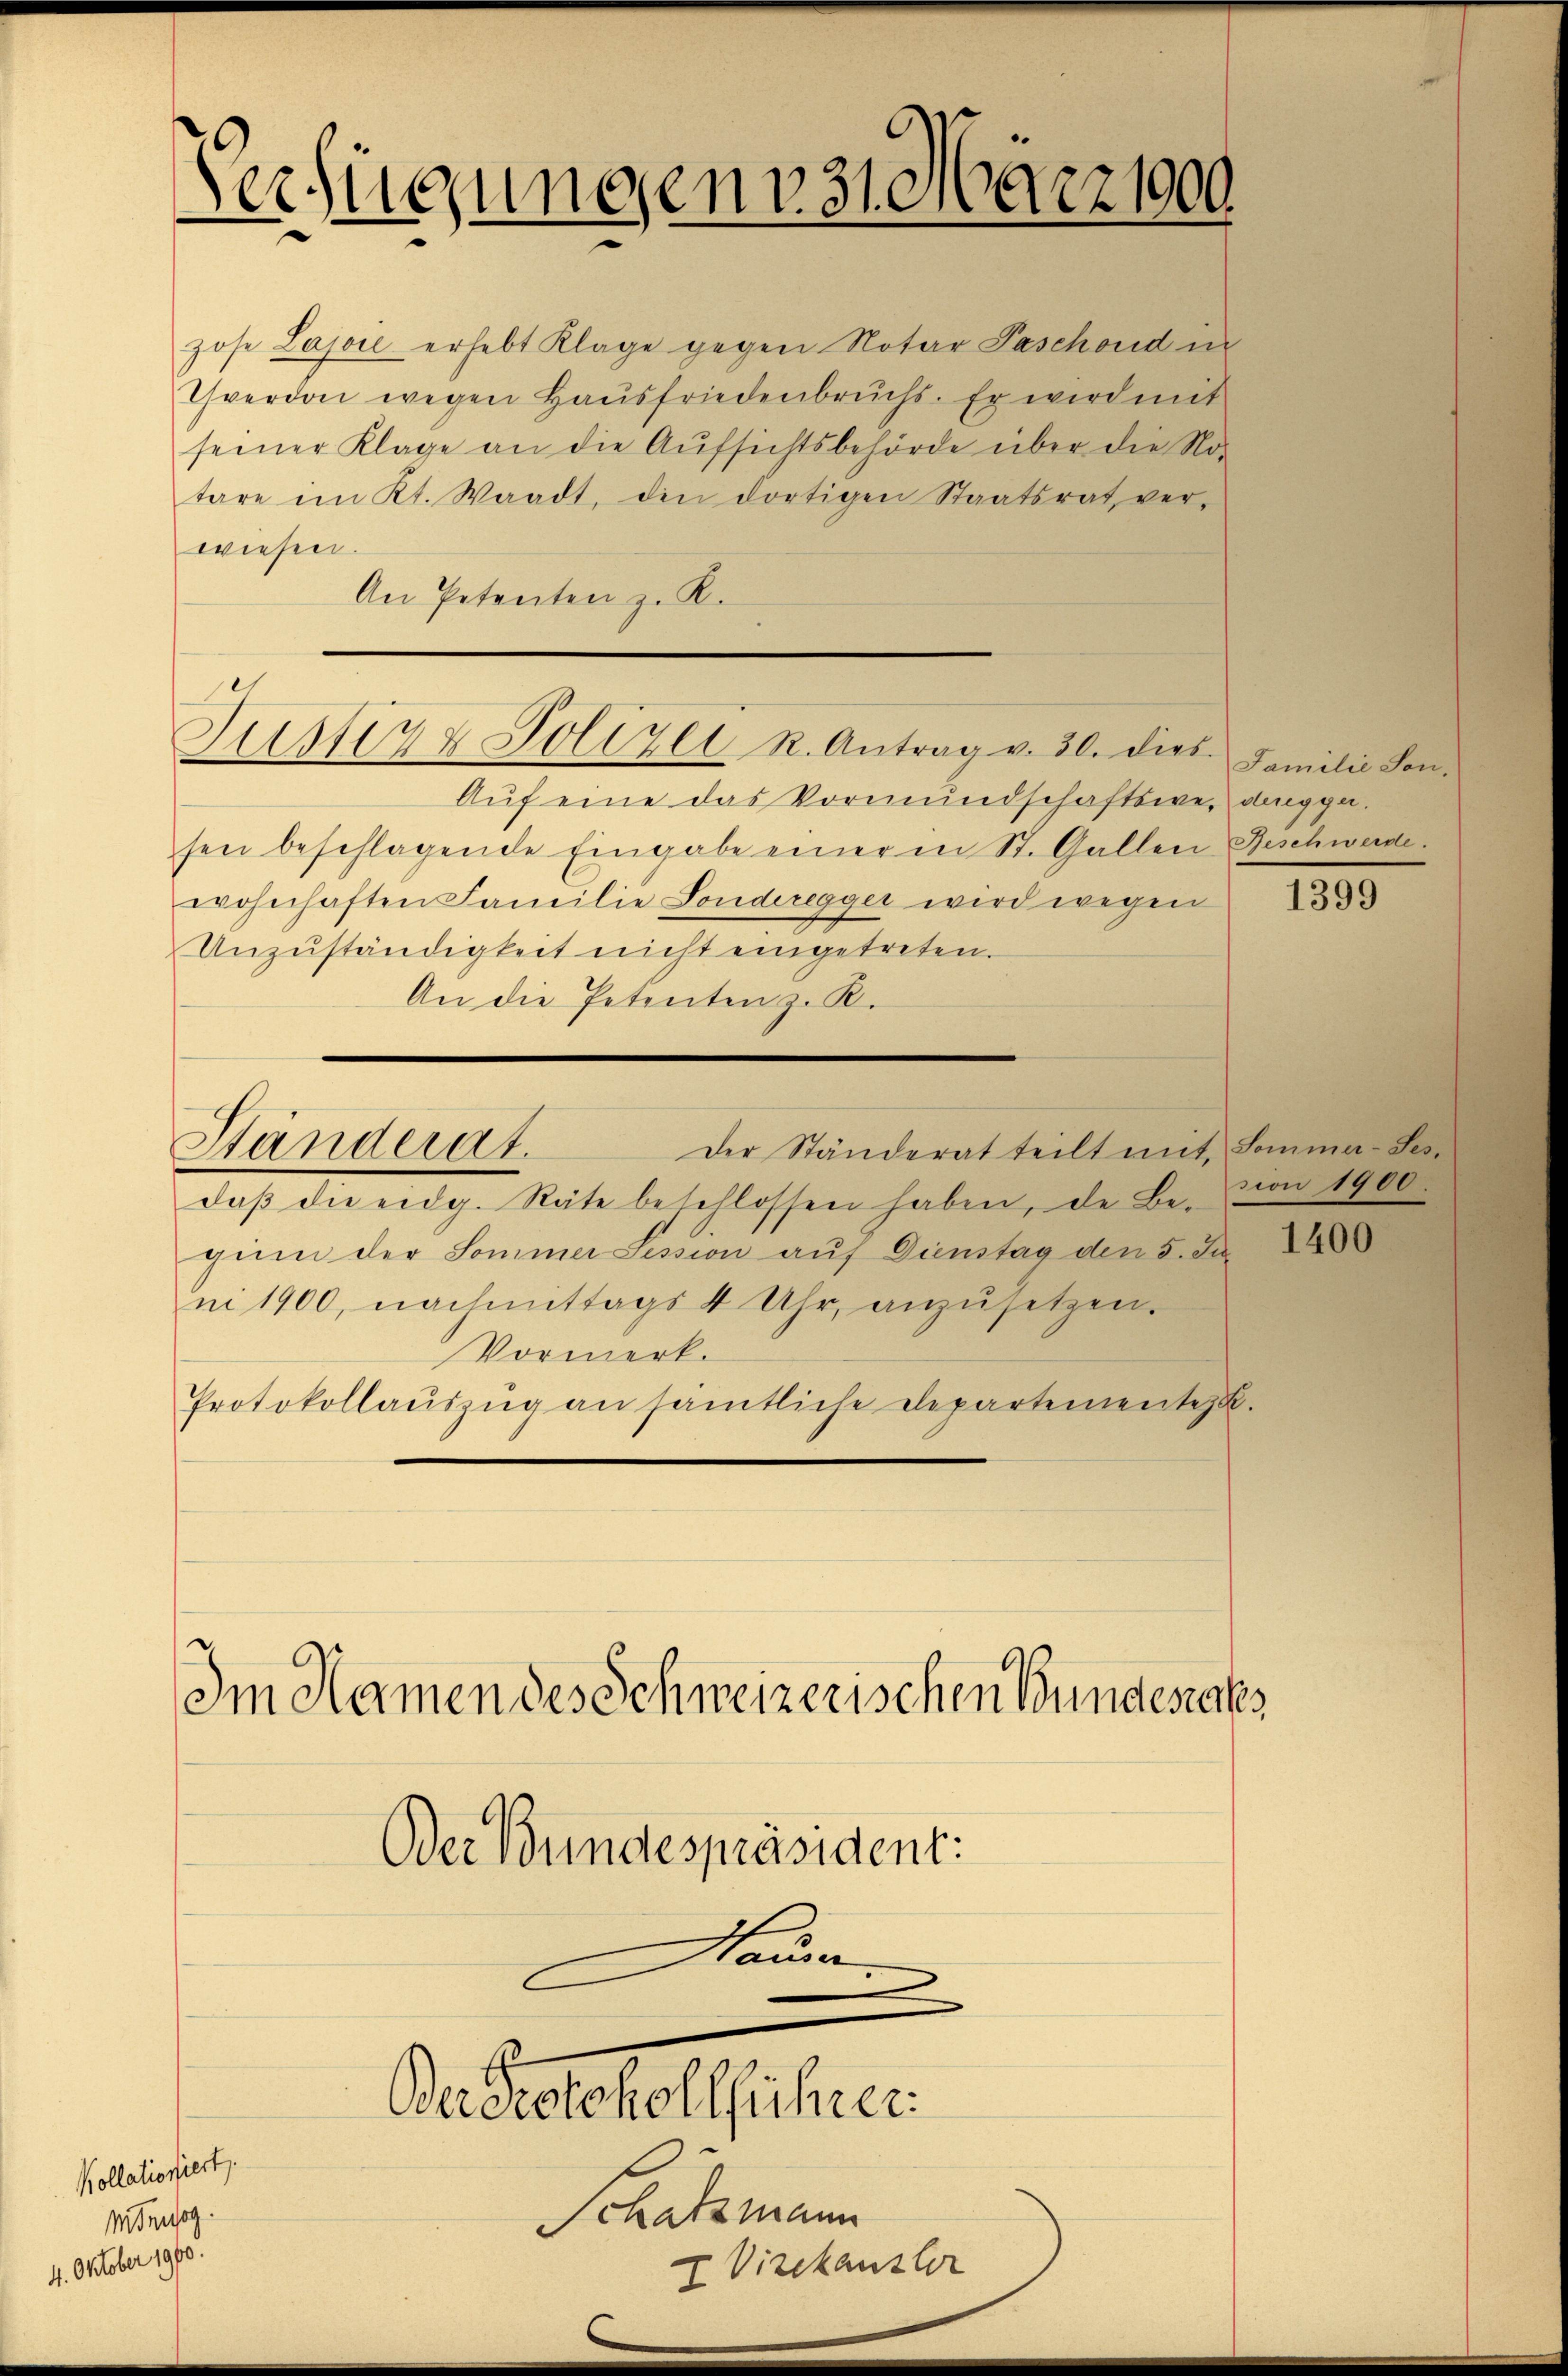
Kollationiert,
Mtnusog.
4. Oktober 1890.

Verfügungen 31. März 1900
e

zose Lajoie erhebt Klage gegen Notar Paschond in
Yverdon wegen Haŭsfriedenbruchs. Er wird mit
seiner Klage an die Aufsichtsbehörde über die No-
tare im Kt. Waadt, den dortigen Staatsrat ver-
wiesen.
An Petenten z. K.

Justiz & Polizei R. Antrag v. 30. dies. Familie Son-

Der Ständerat teilt mit Sommer-Ses
Standerat.

Aŭf eine das Vormundschaftswe, dinggesen beschlagende Eingabe einer in St. Gallen Beschwerde.
wohnhaften Familie Sonderegger wird wegen
Unzŭständigkeit nicht eingetreten.
An die Petenten z. R.
daβ die eidg. Räte beschlossen haben, de Be-
gin der Sommer Session auf Dienstag den 5. Ju
ni 1900, nachmittags 4 Uhr, anzusetzen.
Vormerk.
Protokollaŭszŭg an sämtliche Departemente

Im Namen des Schweizerischen Bundesaks
Der Bundespräsident:
Nauer
2

Der Protokollführer

Schatzmann
Vizekanster

1399

sion 1900.

1400